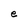
Character: e